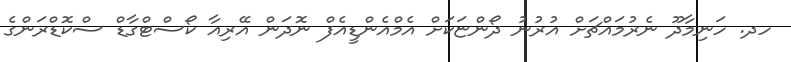
ހދ. ހަނިމާދޫ ނެރުމައްޗަށް އުރުނު ދޯންޏަކަށް އެމްއެންޑީއެފް ނޮދަން އޭރިއާ ކޯސްޓްގާޑް ސްކޮޑްރަންގެ